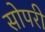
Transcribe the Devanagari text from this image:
सोपरी